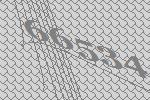
66534